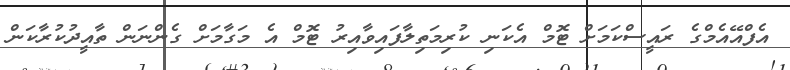
އެފްއޭއެމްގެ ރައީސްކަމަށް ޓޮމް އެކަނި ކުރިމަތިލާފައިވާއިރު ޓޮމް އެ މަގާމަށް ގެންނަން ތާއީދުކުރާކަން